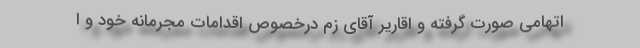
اتهامی صورت گرفته و اقاریر آقای زم درخصوص اقدامات مجرمانه خود و ا